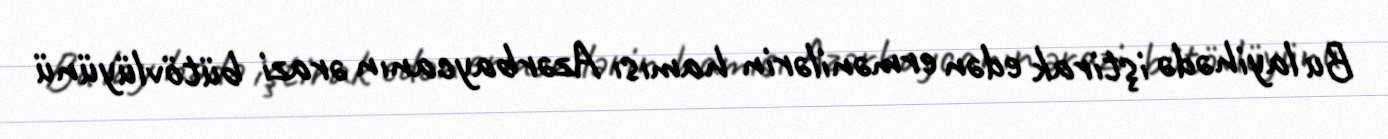
Bu layihədə iştirak edən ermənilərin hamısı Azərbaycanın ərazi bütövlüyünü